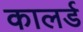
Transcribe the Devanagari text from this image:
कालर्ड